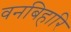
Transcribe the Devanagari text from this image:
वनबिहारि